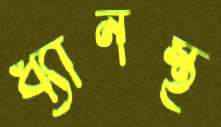
ধ্যানস্থ